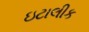
ઇટાલીક